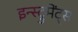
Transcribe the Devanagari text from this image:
इन्स्ट्रुमेंट्‌स